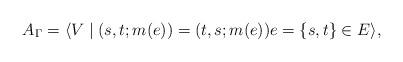
LaTeX: \begin{align*}A_\Gamma=\langle V \mid (s,t;m(e)) = (t,s; m(e))e=\{s,t\}\in E\rangle,\end{align*}